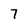
Character: 7